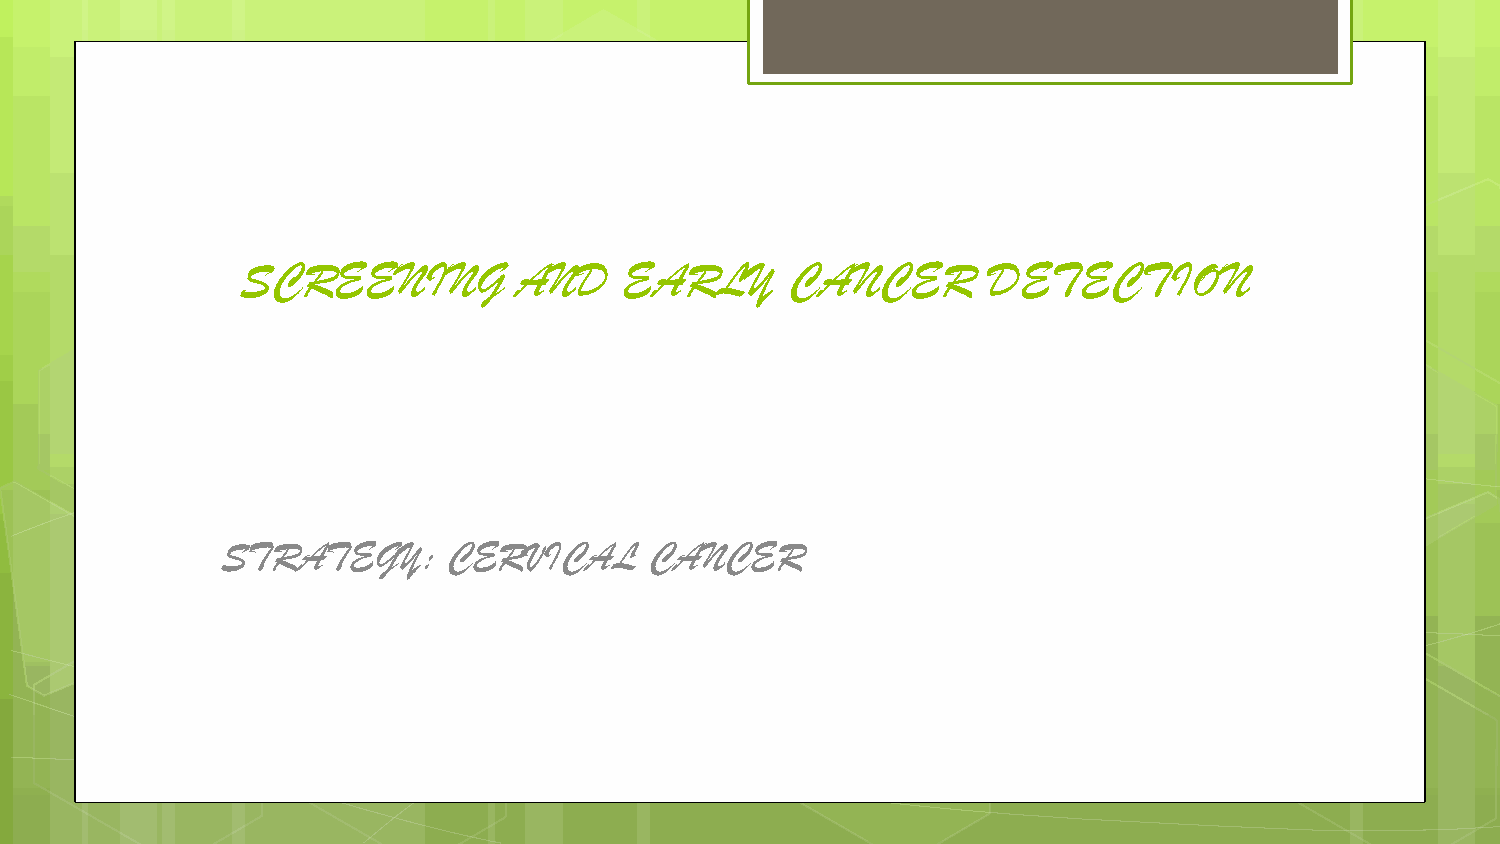
SCREENING         AND    EARLY      CANCER       DETECTION
 STRATEGY:      CERVICAL     CANCER